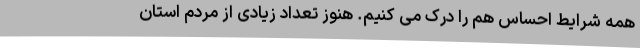
همه شرایط احساس هم را درک می کنیم. هنوز تعداد زیادی از مردم استان